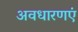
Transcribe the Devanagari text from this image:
अवधारणएं